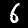
Digit: 6